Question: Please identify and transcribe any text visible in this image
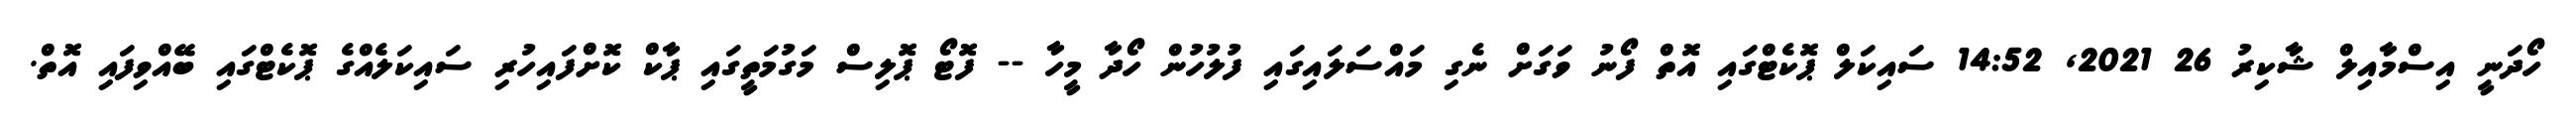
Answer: ހޯދަނީ އިސްމާއިލް ޝާކިރު 26 2021, 14:52 ސައިކަލް ޕޮކެޓްގައި އޮތް ފޯނު ވަގަށް ނެގި މައްސަލައިގައި ފުލުހުން ހޯދާ މީހާ -- ފޮޓޯ ޕޮލިސް މަގުމަތީގައި ޕާކް ކޮށްފައިހުރި ސައިކަލެއްގެ ޕޮކެޓްގައި ބޭއްވިފައި އޮތް.